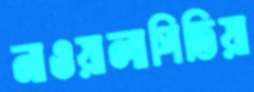
নাওয়ালাপিতিয়া